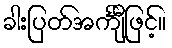
ခါးပြတ်အင်္ကျီဖြင့်။